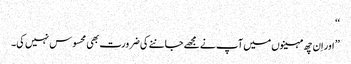
‘‘
’’ اور اِن چھ مہینوں میں آپ نے مجھے جاننے کی ضرورت بھی محسوس نہیں کی۔